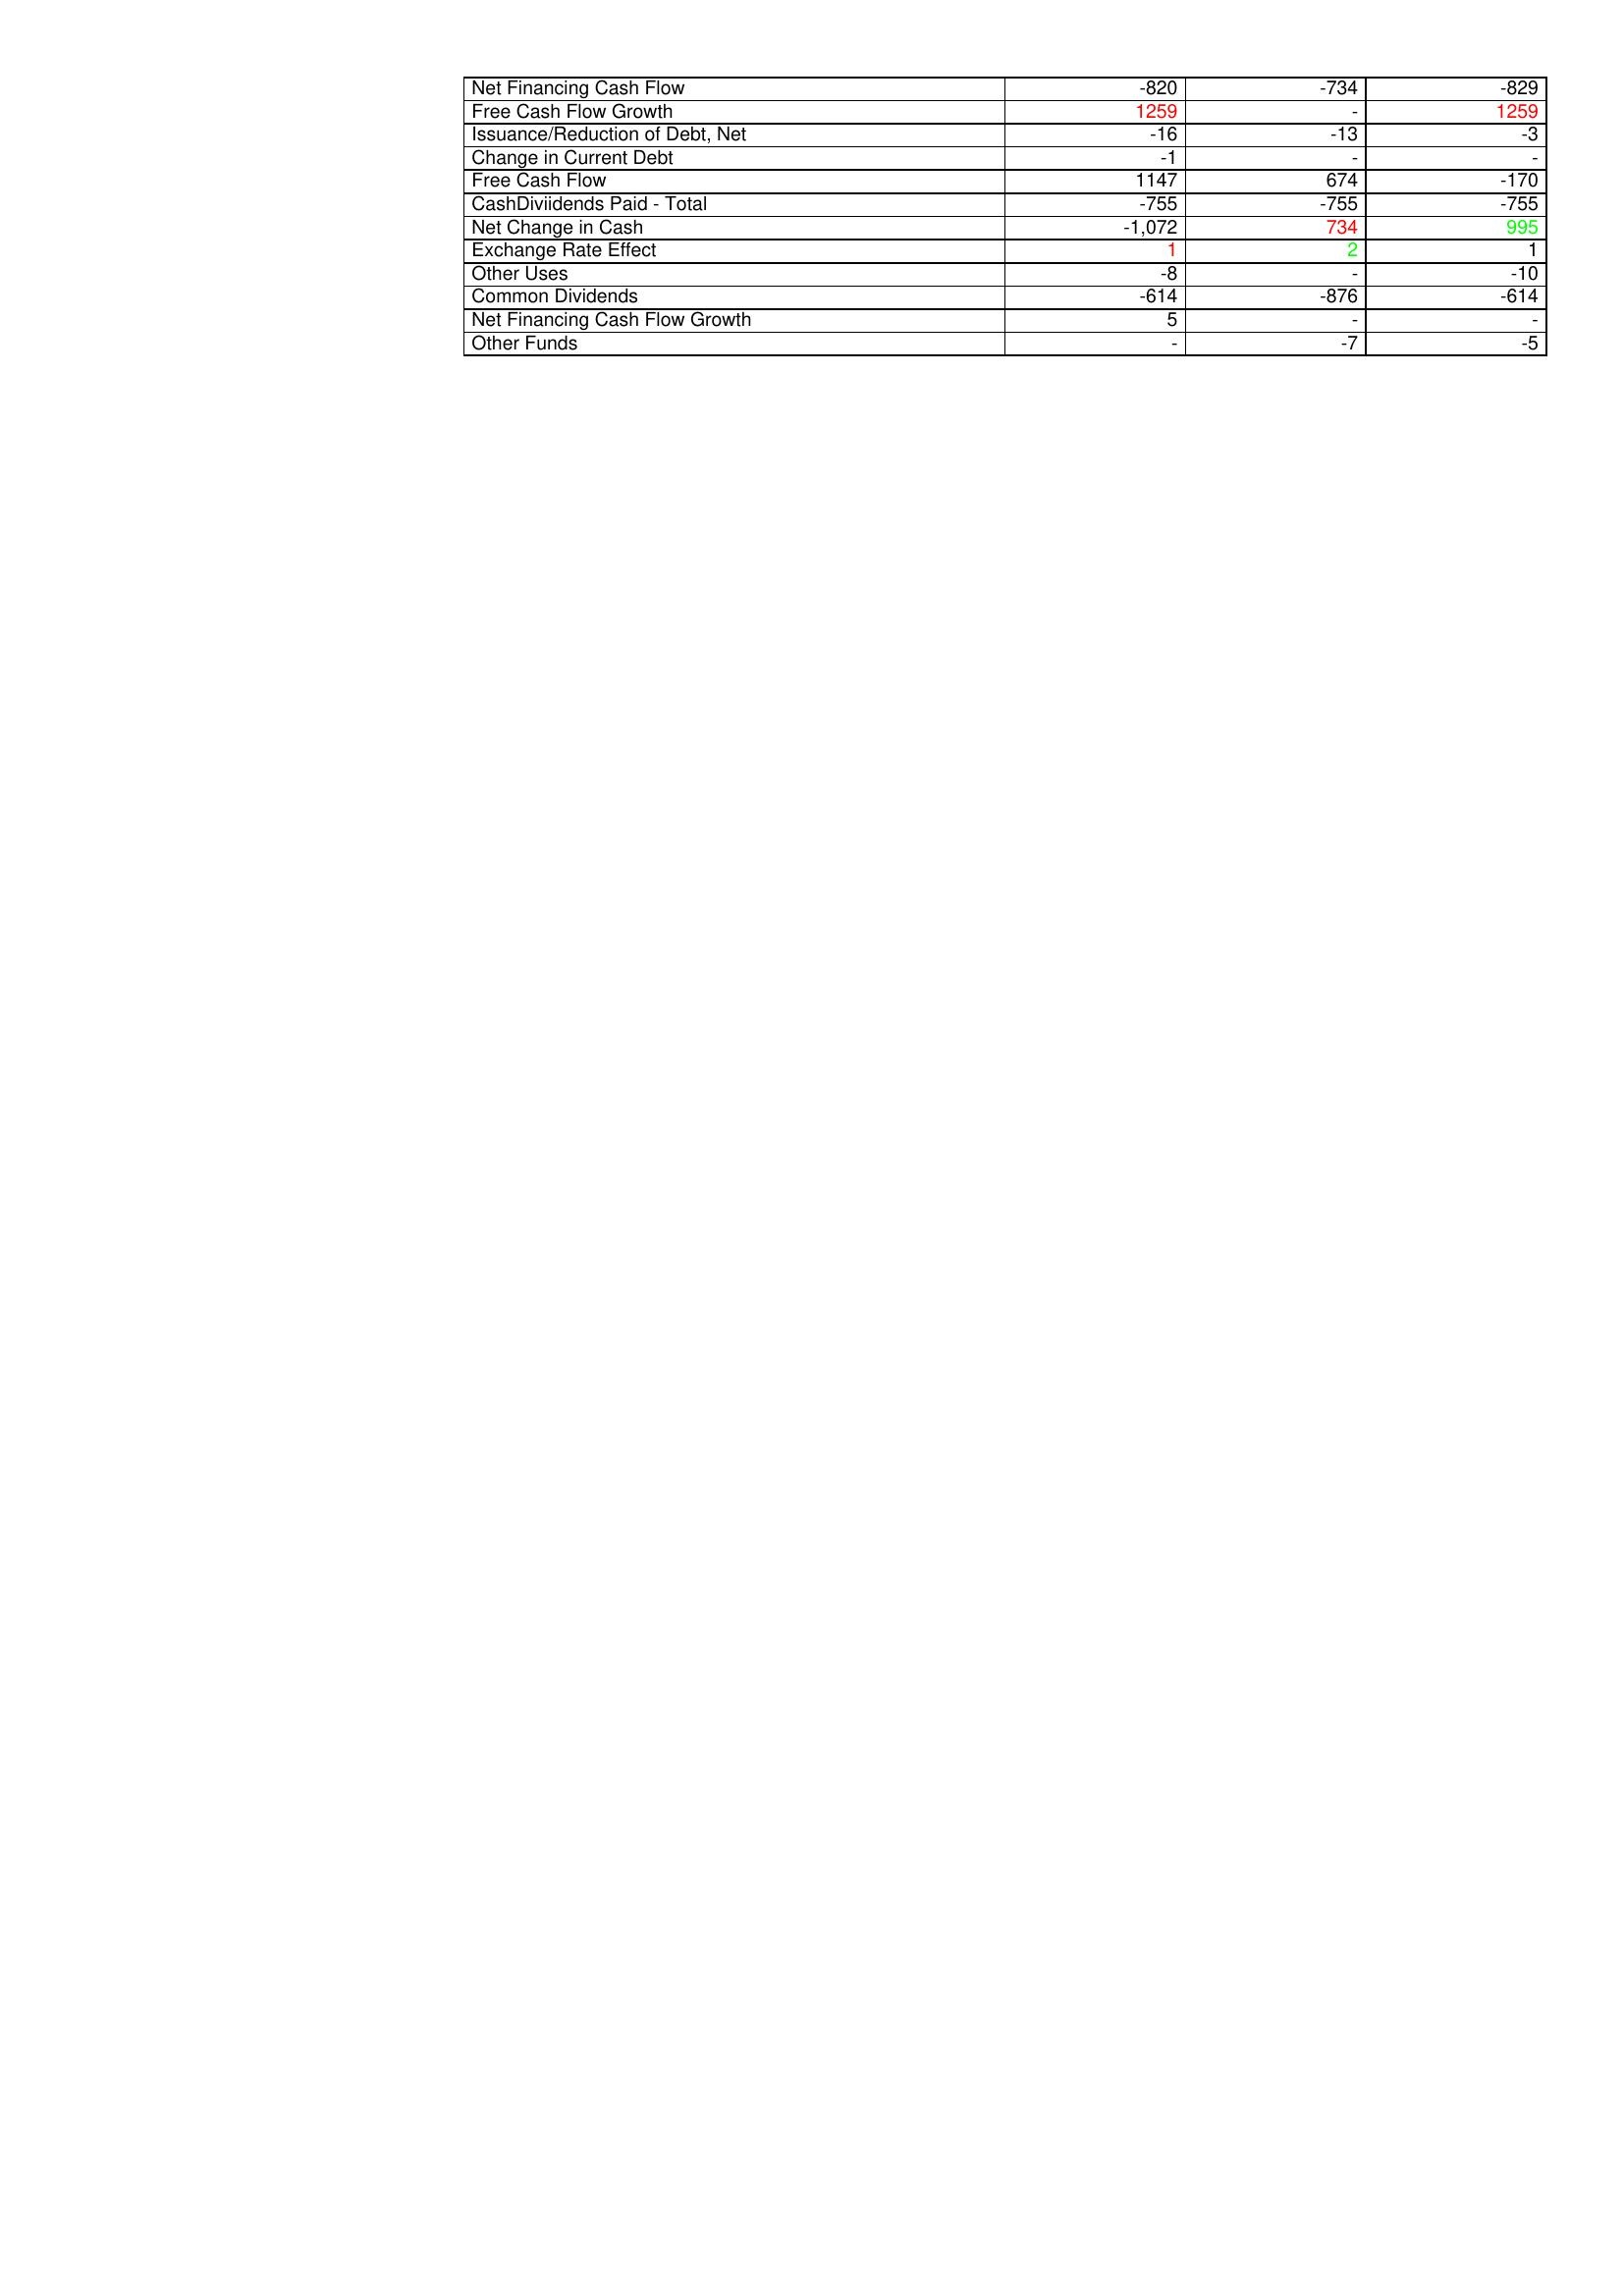
gt_parse: 2015: Financing Activities: Net Financing Cash Flow: -820
Free Cash Flow Growth: 1259
Issuance/Reduction of Debt, Net: -16
Change in Current Debt: -1
Free Cash Flow: 1147
CashDiviidends Paid - Total: -755
Net Change in Cash: -1,072
Exchange Rate Effect: 1
Other Uses: -8
Common Dividends: -614
Net Financing Cash Flow Growth: 5
Other Funds: -
2014: Financing Activities: Net Financing Cash Flow: -734
Free Cash Flow Growth: -
Issuance/Reduction of Debt, Net: -13
Change in Current Debt: -
Free Cash Flow: 674
CashDiviidends Paid - Total: -755
Net Change in Cash: 734
Exchange Rate Effect: 2
Other Uses: -
Common Dividends: -876
Net Financing Cash Flow Growth: -
Other Funds: -7
2013: Financing Activities: Net Financing Cash Flow: -829
Free Cash Flow Growth: 1259
Issuance/Reduction of Debt, Net: -3
Change in Current Debt: -
Free Cash Flow: -170
CashDiviidends Paid - Total: -755
Net Change in Cash: 995
Exchange Rate Effect: 1
Other Uses: -10
Common Dividends: -614
Net Financing Cash Flow Growth: -
Other Funds: -5